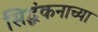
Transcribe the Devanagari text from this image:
सिद्धंकनाच्या